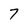
Character: 7